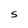
Character: S